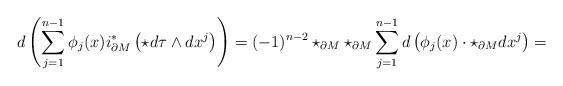
LaTeX: \begin{align*}d\left(\sum_{j=1}^{n-1}\phi_j(x)i^*_{\partial M}\left(\star d\tau\wedge dx^j\right)\right)=(-1)^{n-2}\star_{\partial M}\star_{\partial M}\sum_{j=1}^{n-1}d\left(\phi_j(x)\cdot \star_{\partial M} dx^j\right)=\end{align*}